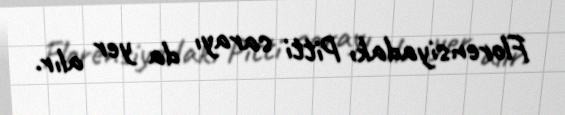
Florensiyadakı Pitti sarayı da yer alır.